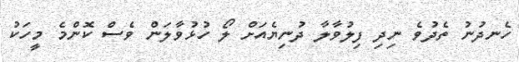
ހެނދުނު ތެދުވެ ނިދި ފިލުވާލާ ދުނިޔެއަށް ލޯ ހުޅުވާލަން ވެސް ކޮންމެ މީހަކު